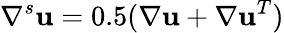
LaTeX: \nabla^{s}\textbf{u}=0.5(\nabla\textbf{u}+\nabla\textbf{u}^{T})